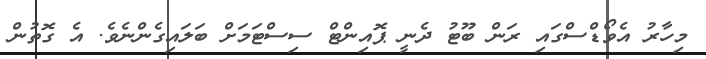
މިހާރު އެވޯޑްސްގައި ރަން ބޫޓު ދެނީ ޕޮއިންޓް ސިސްޓަމަށް ބަލަައިގެންނެވެ. އެ ގޮތުން